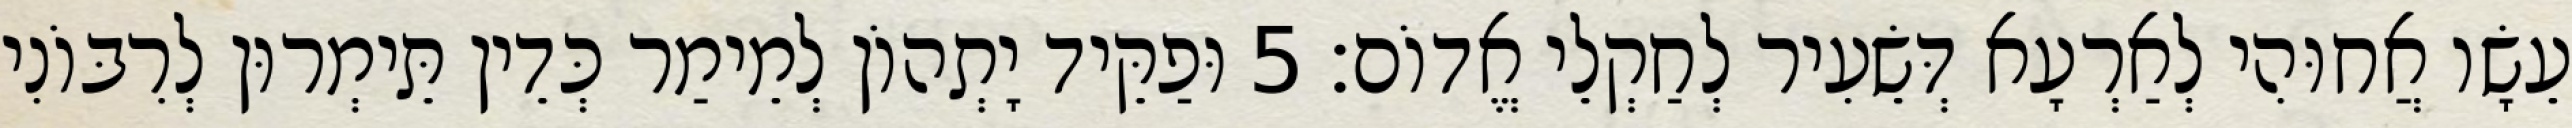
עֵשָׂו אֲחוּהִי לְאַרְעָא דְּשֵׂעִיר לְחַקְלֵי אֱדוֹם׃ 5 וּפַקֵּיד יָתְהוֹן לְמֵימַר כְּדֵין תֵּימְרוּן לְרִבּוֹנִי